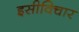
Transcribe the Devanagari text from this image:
इसीविचार